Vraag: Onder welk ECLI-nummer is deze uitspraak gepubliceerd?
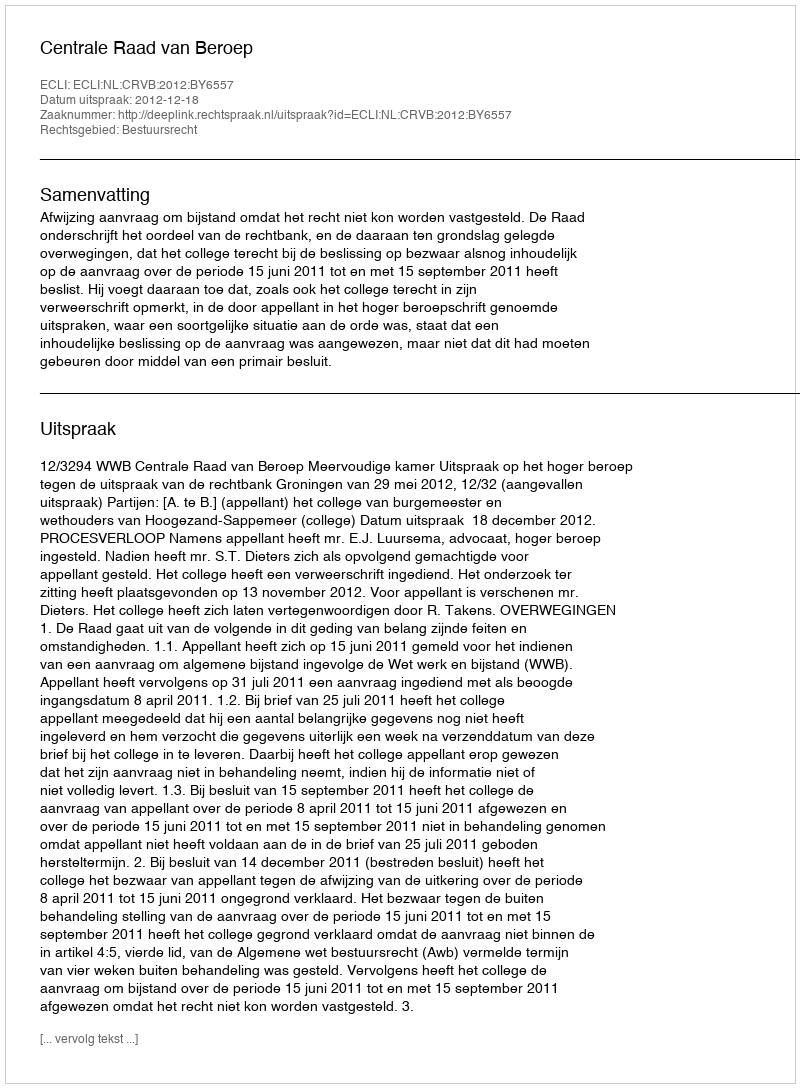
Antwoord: ECLI:NL:CRVB:2012:BY6557